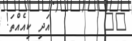
٣٣        އަދި ކިއެއްތަ!